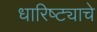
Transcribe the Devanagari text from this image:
धारिष्ट्याचे